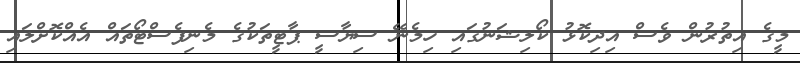
މީގެ އިތުރުން ވެސް އިދިކޮޅު ކޯލިޝަނުގައި ހިމެނޭ ސިޔާސީ ޕާޓީތަކުގެ މެނިފެސްޓޯތައް އެއްކޮށްލައި